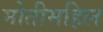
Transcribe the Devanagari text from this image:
मोतीमहिल